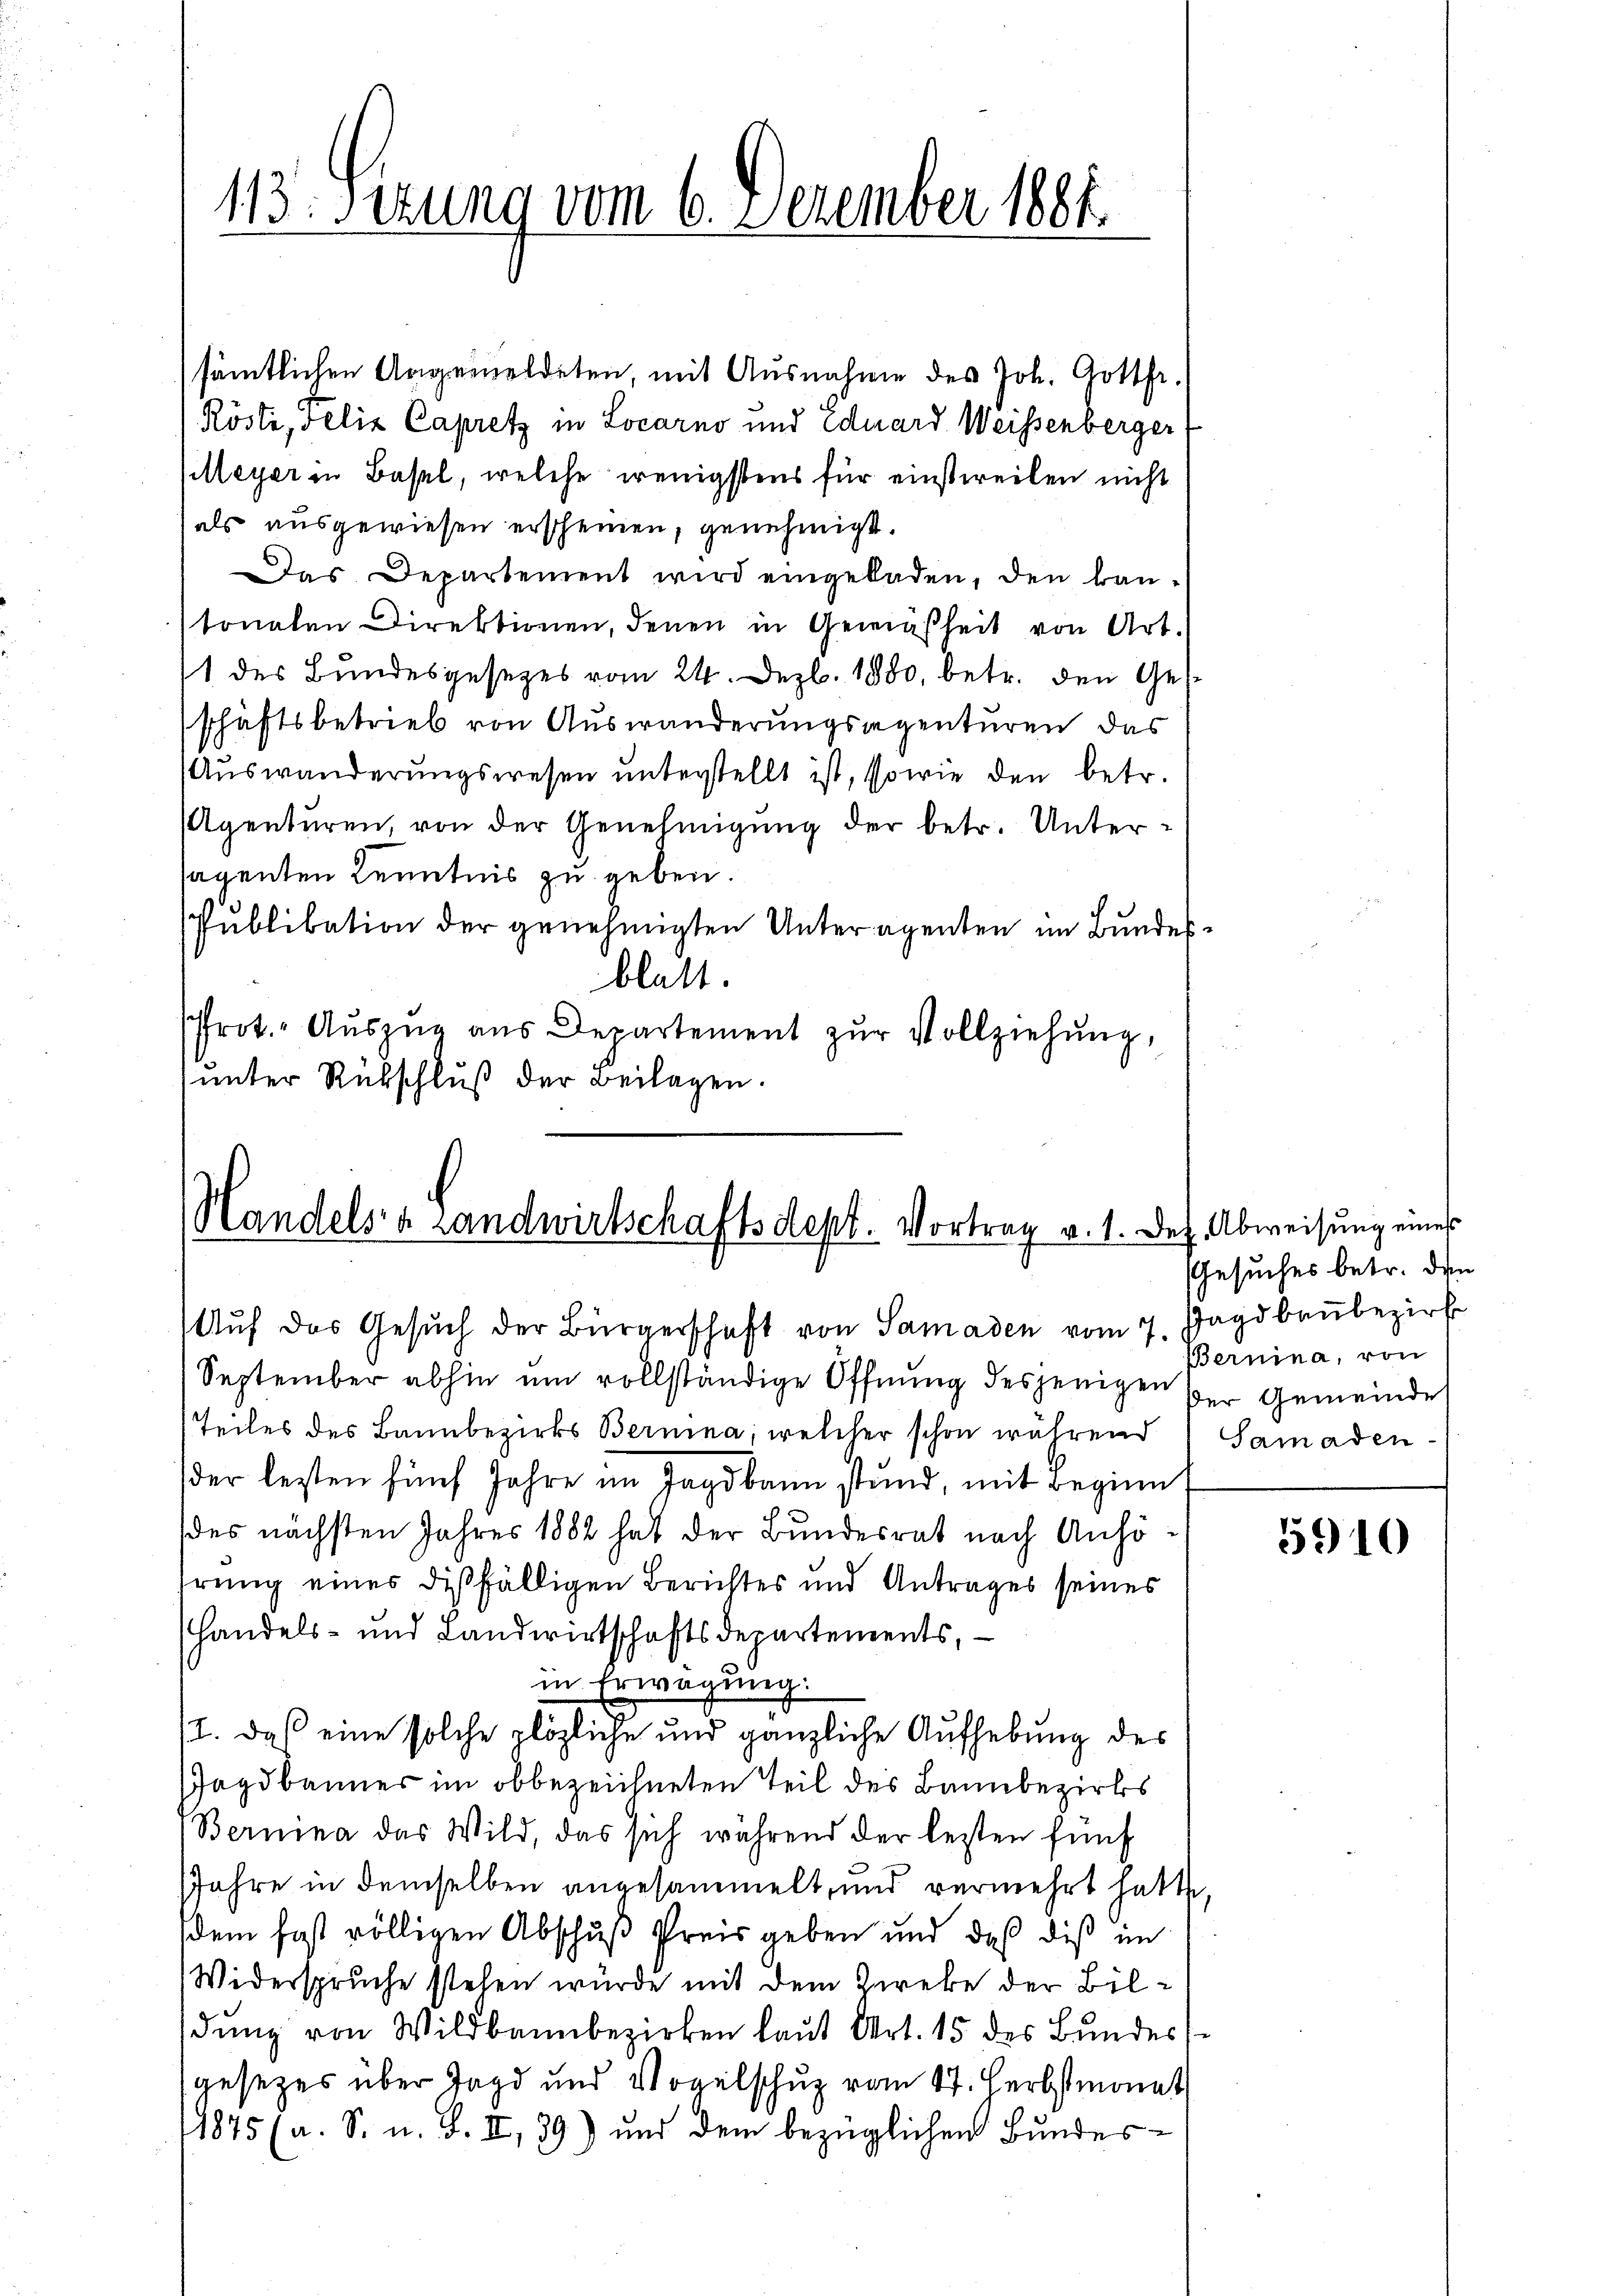
113. Sizung vom 6. Dezember 1884.

sämtlichen Angemeldeten, mit Ausnahme des Joh. Gottfr.
Röste, Felix Capritz in Locarno und Eduard Weissenberger
Meyer in Basel, welche wenigstens für einstweilen nicht
als ausgewiesen erscheinen, genehmigt.
Das Departement wird eingeladen, den kan-
tonalen Direktionen, denen in Gemäsheit von Art.
1 des Bundesgesezes vom 24. Dez. 1880, betr. den Ges
schäftsbetrieb von Auswanderungsregenturen, das
Auswanderungswesen unterstellt ist, sowie den betr.
Agenturen, von der Genehmigŭng der betr. Untersagenten Kenntnis zu geben.
Publikation der genehmigten Unteragenten im Bundesblatt.
frot. Auszug aus Departement zur Vollziehung,
unter Rübschluß der Beilagen.

Handelsa Landwirtschaftsdept. Vortrag v. 1. Dez. Abweisung eines

Auf das Gesuch der Bürgerschaft von Samaden vom 7. Jagdbaubezirk
September abhin ŭm vollständige Öffnŭng desjenigen der Gemeinde
Teiles des Bannbezirks Bernina, welcher schon während
der lezten fünf Jahre im Jagdbann stund, mit Beginnt
des nächsten Jahres 1882 hat der Bundesrat nach Anhöhrung eines dießfälligen Berichtes und Antrages seines
handels- und Landwirtschaftsdepartements,
in Erwägung.
st. Daß eine solche plözliche und gänzliche Aufhebung des
Jagdbanner im obbezeichneten Teil des Bannbezirks
Bernina das Wild, das sich während der lezten fünf
JJahre in demselben angesammelt, und vermehrt hatte,
sdem fast völligen Abschuß Preis geben und daß die im
Widerspruche stehen wurde mit dem Zweke der Bildŭng von Wildbannbezirken laut Art. 15 des Bundes
gesezes über Jagd und Vogelschuz vom 17. Herbstmonat
11875 (a. S. n. F. II, 39) und dem bezüglichen Bundes¬

Gesuches betr. den
Bernina, von
Samaden-

5910